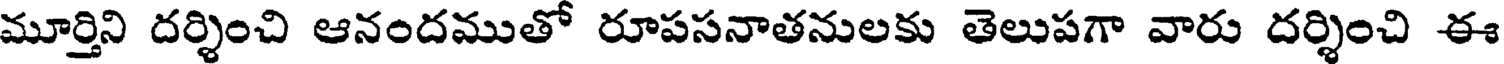
మూర్తిని దర్శించి ఆనందముతో రూపసనాతనులకు తెలుపగా వారు దర్శించి ఈ